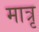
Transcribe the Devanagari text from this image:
मात्रृ